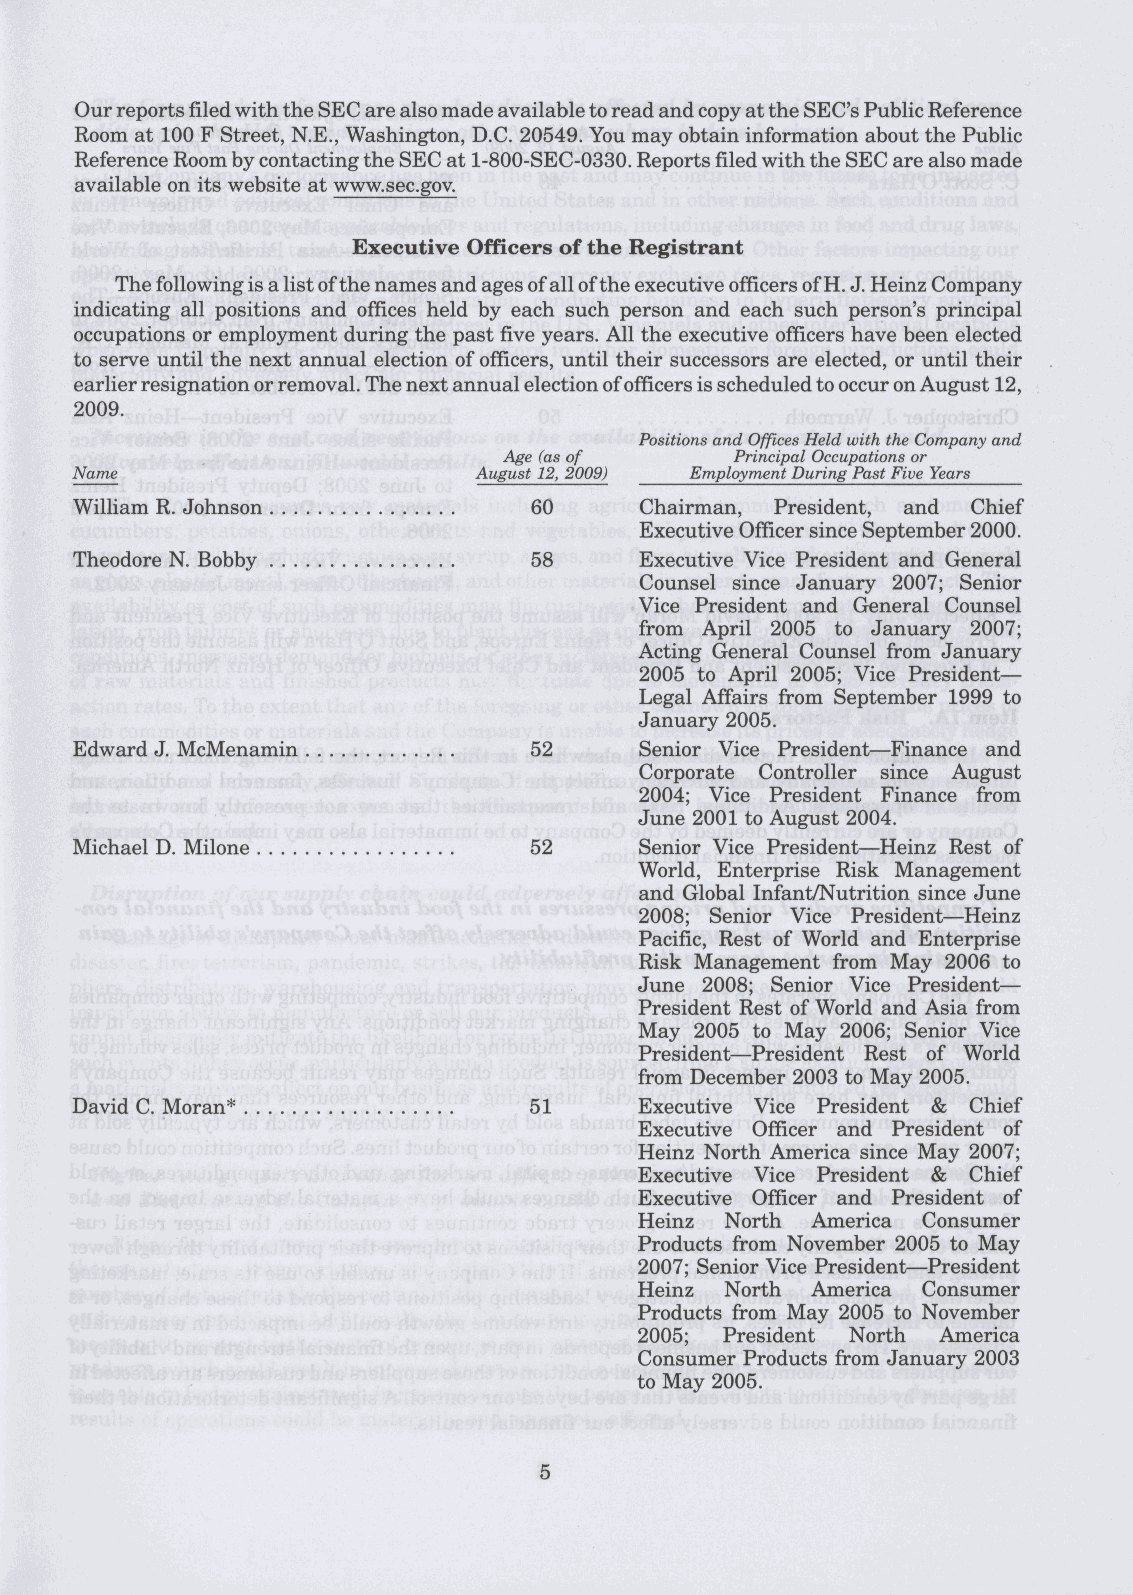
Our reports filed with the SEC are also made available to read and copy at the SEC's Public Reference
 Room at 100 F Street, N.E., Washington, D.C. 20549. You may obtain information about the Public
 Reference Room by contacting the SEC at 1-800-SEC-0330. Reports filed with the SEC are also made
 available on its website at www.sec.gov.
 Executive Officers of the Registrant
 The following is a list of the names and ages of all of the executive officers of H. J. Heinz Company
 indicating all positions and offices held by each such person and each such person's principal
 occupations or employment during the past five years. All the executive officers have been elected
 to serve until the next annual election of officers, until their successors are elected, or until their
 earlier resignation or removal. The next annual election of officers is scheduled to occur on August 12,
 2009.
 Positions and Offices Held with the Company and
 Age (as of      Principal Occupations or
 Name                      August 12, 2009) Employment During Past Five Years
 60     Chairman, President, and Chief
 William R. Johnson
 Executive Officer since September 2000.
 58     Executive Vice President and General
 Theodore N. Bobby
 Counsel since January 2007; Senior
 Vice President and General Counsel
 from April 2005 to January 2007;
 Acting General Counsel from January
 2005 to April 2005; Vice President-
 Legal Affairs from September 1999 to
 January 2005.
 Edward J. McMenamin           52     Senior Vice President—Finance and
 Corporate Controller since August
 2004; Vice President Finance from
 June 2001 to August 2004.
 Michael D. Milone             52     Senior Vice President—Heinz Rest of
 World, Enterprise Risk Management
 and Global Infant/Nutrition since June
 2008; Senior Vice President—Heinz
 Pacific, Rest of World and Enterprise
 Risk Management from May 2006 to
 June 2008; Senior Vice President—
 President Rest of World and Asia from
 May 2005 to May 2006; Senior Vice
 President—President Rest of World
 from December 2003 to May 2005.
 David C. Moran*               51     Executive Vice President & Chief
 Executive Officer and President of
 Heinz North America since May 2007;
 Executive Vice President & Chief
 Executive Officer and President of
 Heinz North America Consumer
 Products from November 2005 to May
 2007; Senior Vice President—President
 Heinz North America Consumer
 Products from May 2005 to November
 2005; President North America
 Consumer Products from January 2003
 to May 2005.